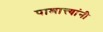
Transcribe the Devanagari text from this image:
पाश्चात्त्यांनी